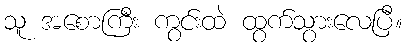
သူ အစောကြီး ကွင်းထဲ ထွက်သွားလေပြီ။